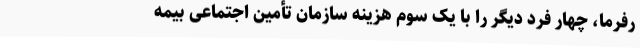
رفرما، چهار فرد دیگر را با یک سوم هزینه سازمان تأمین اجتماعی بیمه